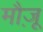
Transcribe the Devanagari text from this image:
मौज़ू